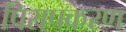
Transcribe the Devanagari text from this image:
पिरापकरण